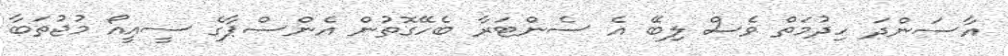
އާސަންދަ ހިދުމަތް ވެސް ލިބޭ އެ ސެންޓަރާ ބެހޭގޮތުން އެންސްޕާގެ ސީއީއޯ މުޖުތަބާ